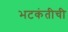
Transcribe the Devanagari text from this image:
भटकंतीची